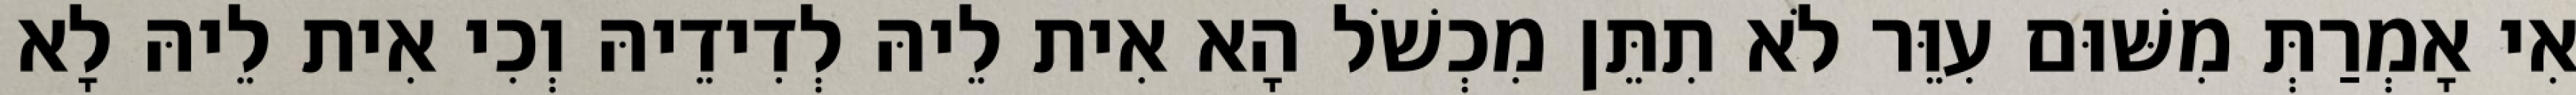
אִי אָמְרַתְּ מִשּׁוּם עִוֵּר לֹא תִתֵּן מִכְשֹׁל הָא אִית לֵיהּ לְדִידֵיהּ וְכִי אִית לֵיהּ לָא